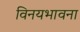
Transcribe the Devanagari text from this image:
विनयभावना